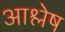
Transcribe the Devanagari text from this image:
आश्लेष